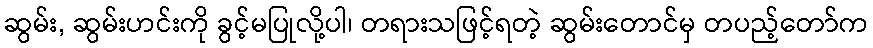
ဆွမ်း, ဆွမ်းဟင်းကို ခွင့်မပြုလို့ပါ၊ တရားသဖြင့်ရတဲ့ ဆွမ်းတောင်မှ တပည့်တော်က